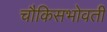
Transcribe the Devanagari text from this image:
चौकिसभोवती